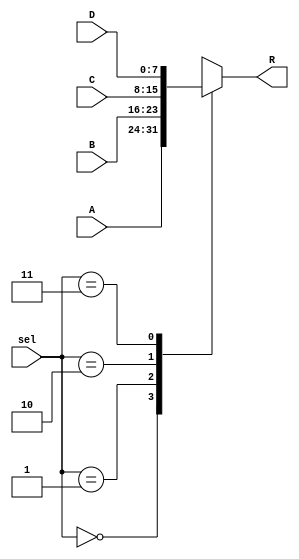
module MUX4t1 (
    input [7:0] A,          // Register input
    input [7:0] B,          // Register input
    input [7:0] C,          // Register input
    input [7:0] D,          // Register input
    input [1:0] sel,        // Rs
    output reg [7:0] R      // Output
);
    always @(*) begin
        case(sel)
            2'b00 : R = A;
            2'b01 : R = B;
            2'b10 : R = C;
            2'b11 : R = D;
        endcase
    end

endmodule